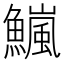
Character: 𫙹